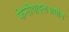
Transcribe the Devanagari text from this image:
फेनीथाइलअमीन